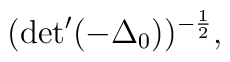
({\rm det}^{\prime} (-{\Delta}_0))^{-\frac{1}{2}},